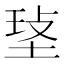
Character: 𤥷